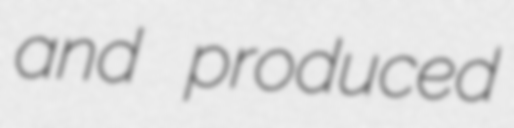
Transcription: and produced